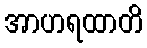
အာဟရထာတိ